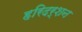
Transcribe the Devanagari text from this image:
हरिदर्शन